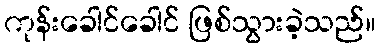
ကုန်းခေါင်ခေါင် ဖြစ်သွားခဲ့သည်။